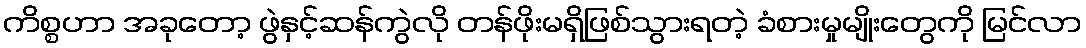
ကိစ္စဟာ အခုတော့ ဖွဲနှင့်ဆန်ကွဲလို တန်ဖိုးမရှိဖြစ်သွားရတဲ့ ခံစားမှုမျိုးတွေကို မြင်လာ